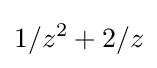
1/z^{2}+2/z